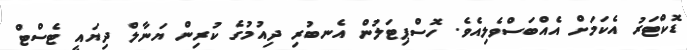
ޑޮކްޓަރު އެކަމަށް އެއްބަސްވެލިއެވެ. ހޮސްޕިޓަލުން އެނބުރި ދިއުމުގެ ކުރިން ޔަނާލް ދިޔައީ ޓެސްޓް